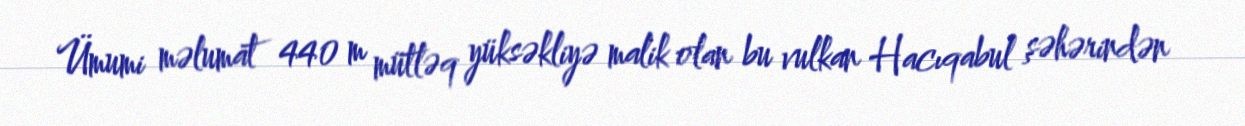
Ümumi məlumat 440 m mütləq yüksəkliyə malik olan bu vulkan Hacıqabul şəhərindən